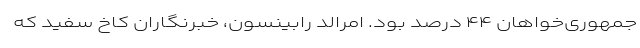
جمهوری‌خواهان ۴۴ درصد بود. امرالد رابینسون، خبرنگاران کاخ سفید که